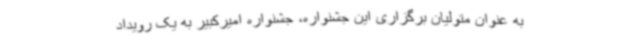
به عنوان متولیان برگزاری این جشنواره، جشنواره امیرکبیر به یک رویداد